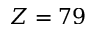
Z = 7 9